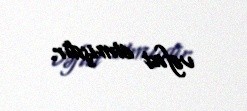
vəfat etmişdir.